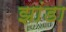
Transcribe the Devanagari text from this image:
झांडा